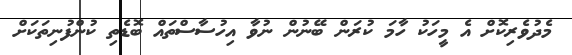
މެދުވެރިކޮށް އެ މީހަކު ހާމަ ކުރަން ބޭނުން ނުވާ އިހުސާސްތައް ބޮޑެތި ކުންފުނިތަކަށް